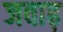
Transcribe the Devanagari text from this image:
जवाढ़